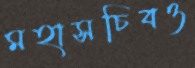
মহাসচিবও